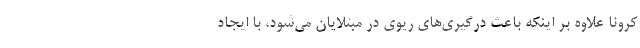
کرونا علاوه بر اینکه باعث درگیری‌های ریوی در مبتلایان می‌شود، با ایجاد